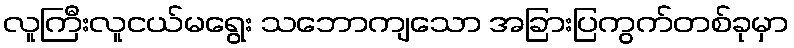
လူကြီးလူငယ်မရွေး သဘောကျသော အခြားပြကွက်တစ်ခုမှာ